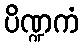
ပိဏ္ဍကံ